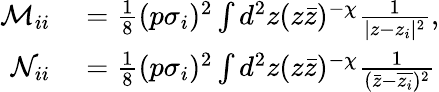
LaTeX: \begin{array}{rl}{\mathcal M_{ii}}&{{}=\frac{1}{8}(p\sigma_{i})^{2}\int d^{2}z(z\bar{z})^{-\chi}\frac{1}{|z-z_{i}|^{2}},}\\ {\mathcal N_{ii}}&{{}=\frac{1}{8}(p\sigma_{i})^{2}\int d^{2}z(z\bar{z})^{-\chi}\frac{1}{(\bar{z}-\overline{{z_{i}}})^{2}}}\end{array}